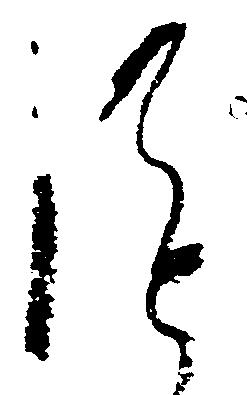
謹